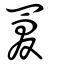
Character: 罬